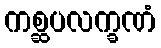
ကစ္ဆပလက္ခဏံ